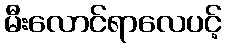
မီးလောင်ရာလေပင့်